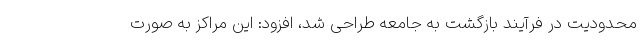
محدودیت در فرآیند بازگشت به جامعه طراحی شد، افزود: این مراکز به صورت